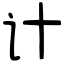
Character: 计